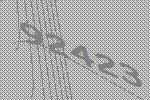
92423